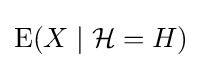
\operatorname {E} (X\mid {\mathcal {H}}=H)